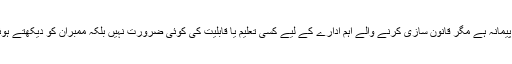
ہمارے ملک میں چپڑاسی کی نوکری کے لیے تو کچھ نہ کچھ قابلیت کا پیمانہ ہے مگر قانون سازی کرنے والے اہم ادارے کے لیے کسی تعلیم یا قابلیت کی کوئی ضرورت نہیں بلکہ ممبران کو دیکھتے ہوئے تو یہ لگتا ہے کہ جس میں کوئی قابلیت نہ ہو وہی سب سے قابل ہے۔